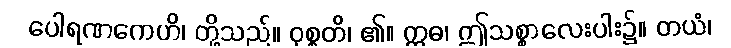
ပေါရဏကေဟိ၊ တို့သည်။ ဝုစ္စတိ၊ ၏။ ဣဓ၊ ဤသစ္စာလေးပါး၌။ တယံ၊